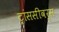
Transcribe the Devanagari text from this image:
ट्रांससीवर्स